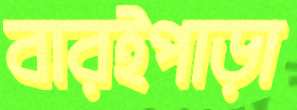
বারইপাড়া